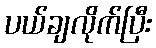
ပယ်ချလိုက်ပြီး